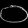
Digit: ၀